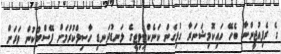
ގެ ރެފިއުޖީންނާ ބެހޭ ހައިކޮމިޝަނަރާ ގުޅިގެން ކަނެކްޓިވިޓީގެ ލަނޑުދަނޑި ހާސިލްކުރުމަށް ފޭސްބުކުން ވަރަށް